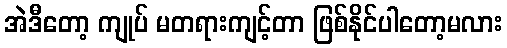
အဲဒီတော့ ကျုပ် မတရားကျင့်တာ ဖြစ်နိုင်ပါတော့မလား